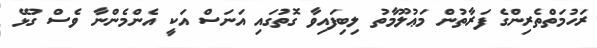
ރަހުމަތްތެރިންގެ ފަރާތުން މަޢުލޫމާތު ލިބިފައިވާ ގޮތުގައި އަނަސް އަކީ އެންމެންނާ ވެސް ގުޅޭ